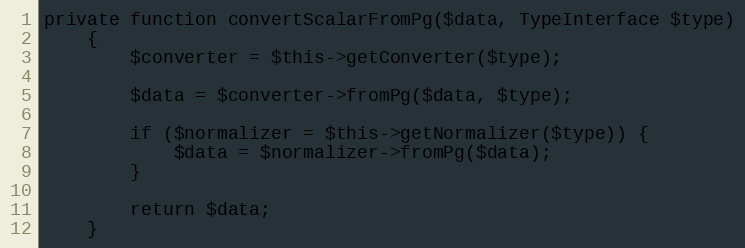
Language: PHP
private function convertScalarFromPg($data, TypeInterface $type)
    {
        $converter = $this->getConverter($type);

        $data = $converter->fromPg($data, $type);

        if ($normalizer = $this->getNormalizer($type)) {
            $data = $normalizer->fromPg($data);
        }

        return $data;
    }